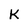
Character: K